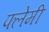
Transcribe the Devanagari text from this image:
फ्लेमी